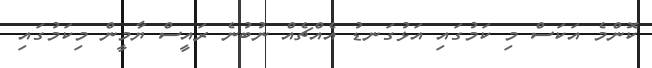
ކޮންމެ އަކަސް މި ކަމުގައި އަޅުގަނޑު އެއްޗެއް ނުބުނެ ރައީސް ޔާމީން މިކަމުގައި